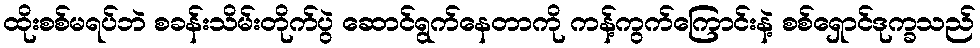
ထိုးစစ်မရပ်ဘဲ စခန်းသိမ်းတိုက်ပွဲ ဆောင်ရွက်နေတာကို ကန့်ကွက်ကြောင်းနဲ့ စစ်ရှောင်ဒုက္ခသည်